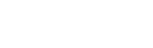
ဂုဏ်ပြုဆုငွေများ